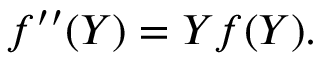
f ^ { \prime \prime } ( Y ) = Y f ( Y ) .